Leningradi_Edasi_toimetus, lk 210
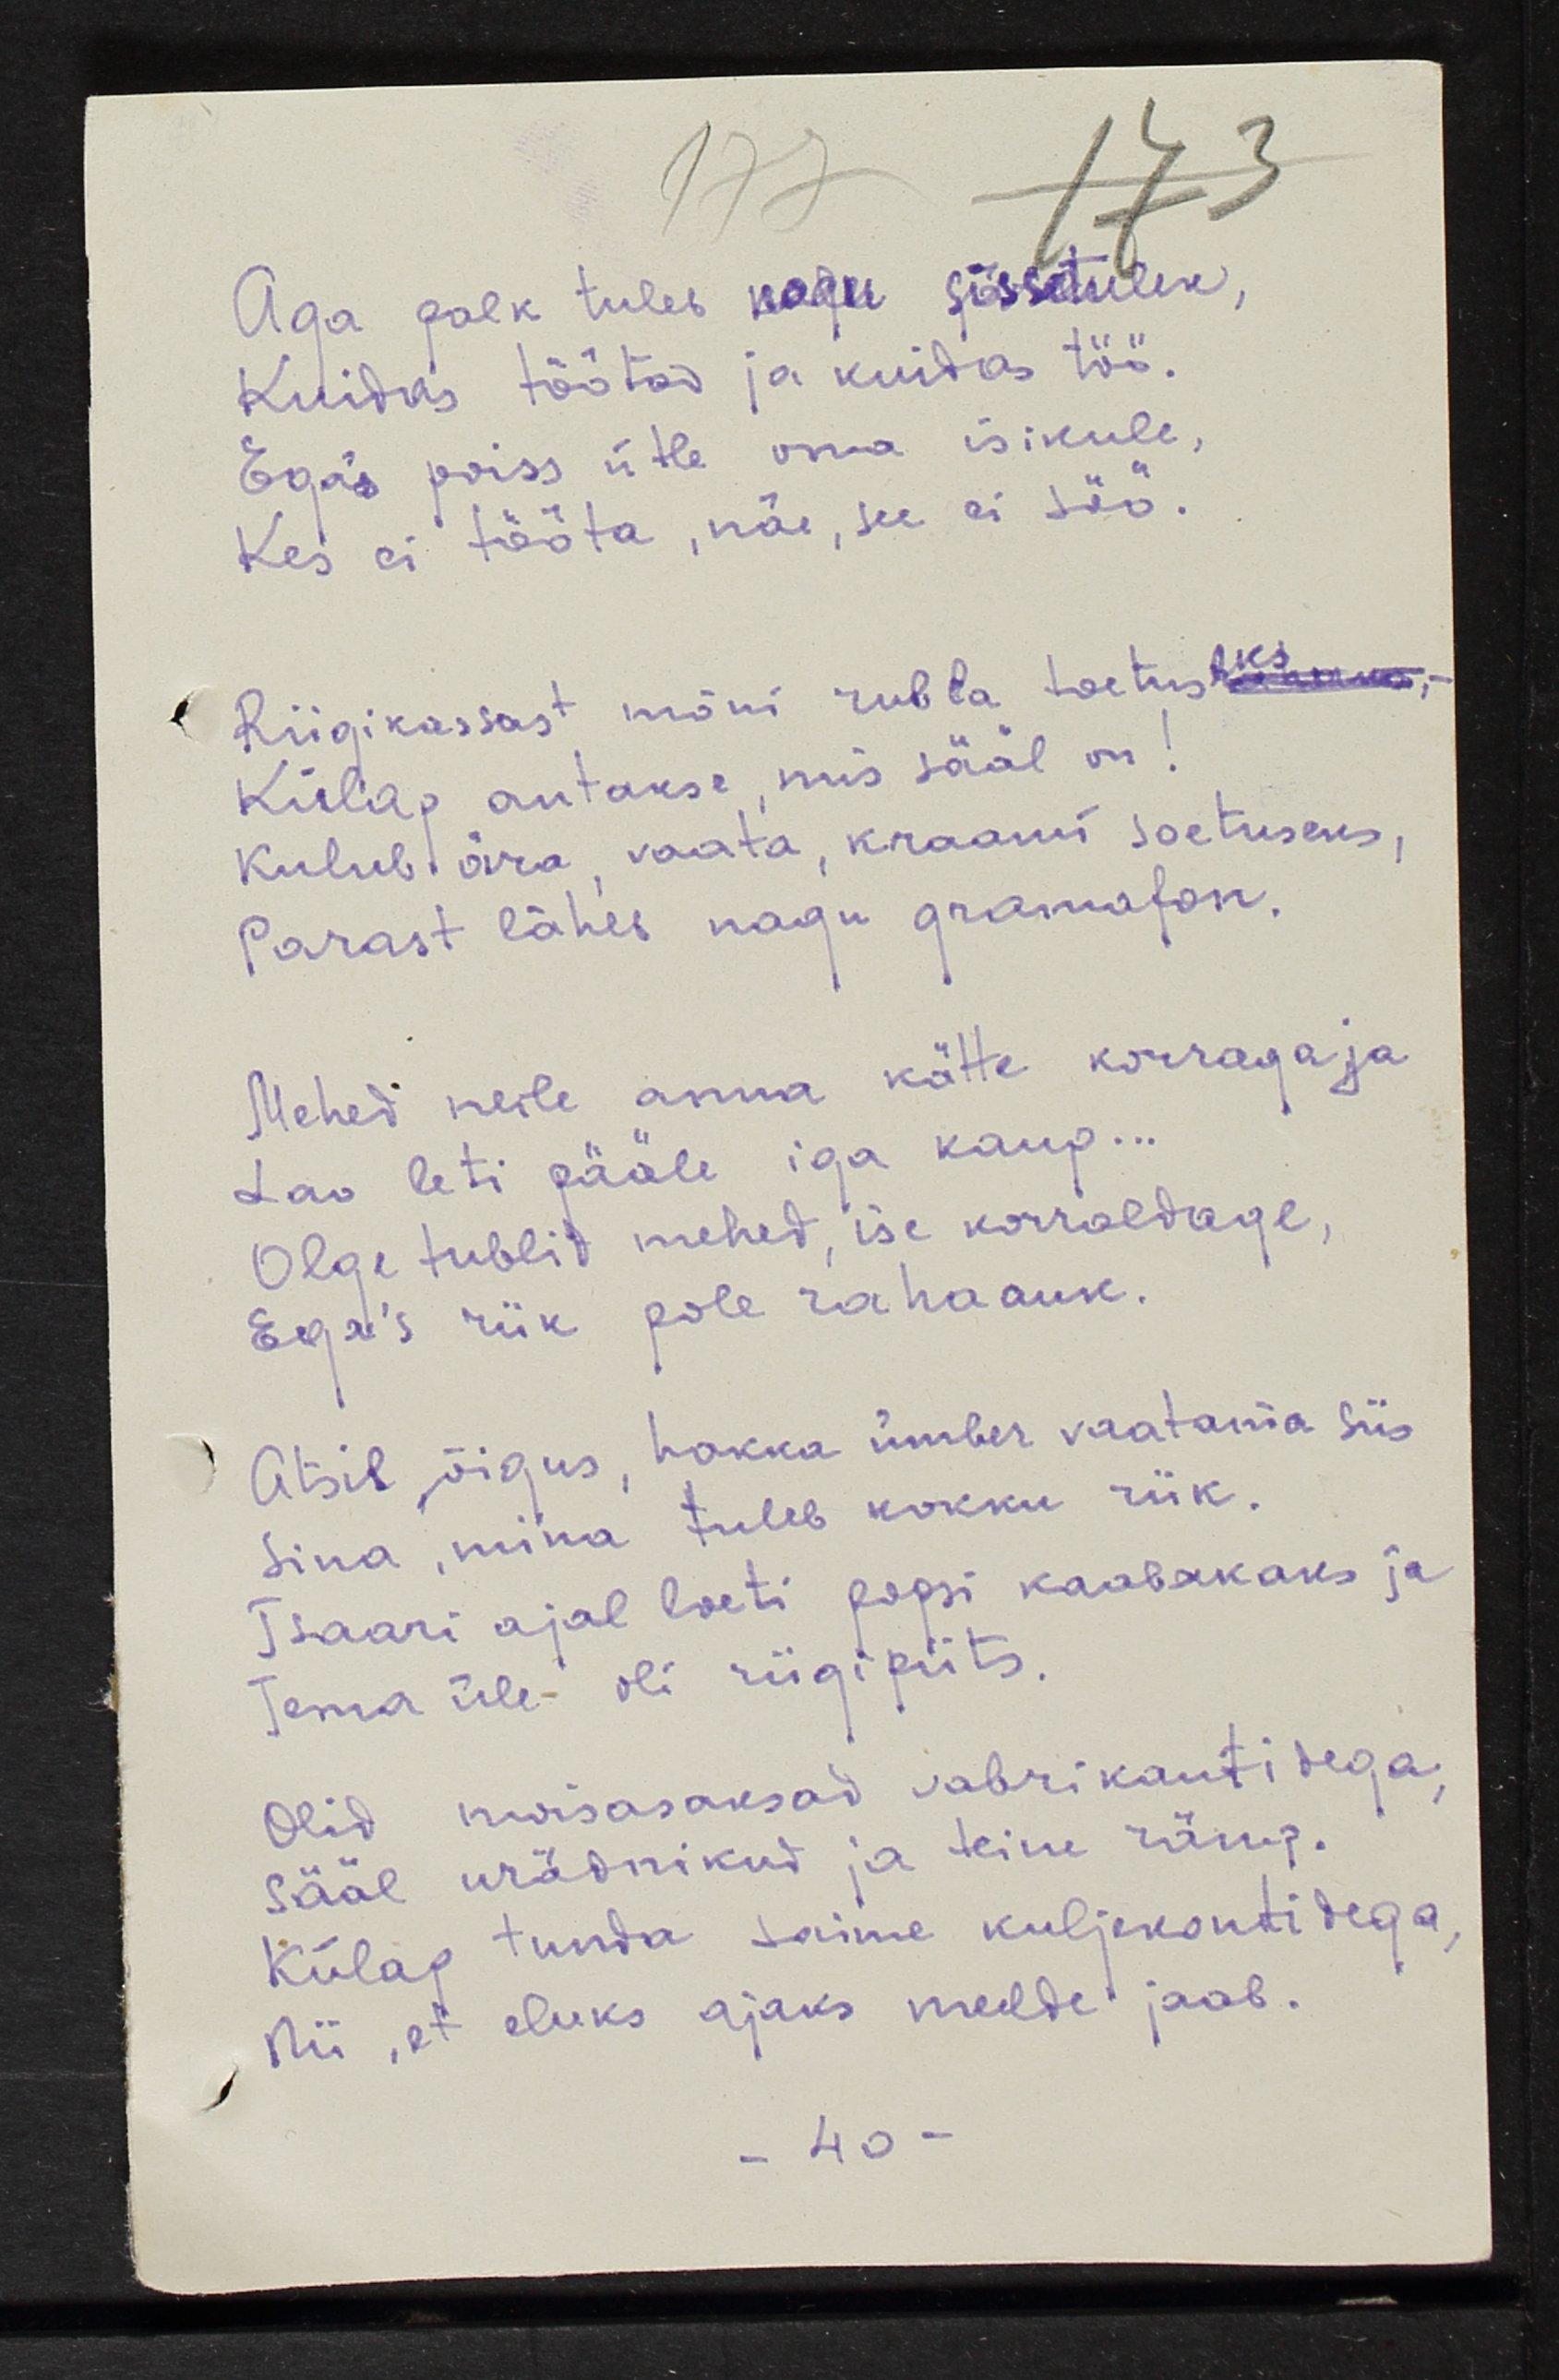
Aga polk tuleb nagu sissetulek,
Kuidas töötad ja kuidas töö.
Ega's poiss ütle oma isikule,
Kes ei tööta, näe, see ei söö.
Riigikassast mõni rubla toetuseks
Kül'ap antakse, mis sääl on!
Kulub ära, vaata, kraami soetuseks,
Parast läheb nagu gramofon.
Mehed neile anna kätte korraga ja
Lao leti pääle iga kaup...
Olge tublid mehed, ise korraldage,
Ega's riik pole rahaauk.
Otsib, õigus, hakka ümber vaatama siis
Sina, mina tuleb kokku riik.
Tsaari ajal loeti popsi kaabakaks ja
Tema üle oli riigi piits.
Olid moisasaksad vabrikantidega,
Sääl urädnikud ja teine rämp.
Külap tunda saime kuljekontidega,
Nii, et eluks ajaks meelde jaab.